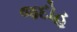
જદોહ